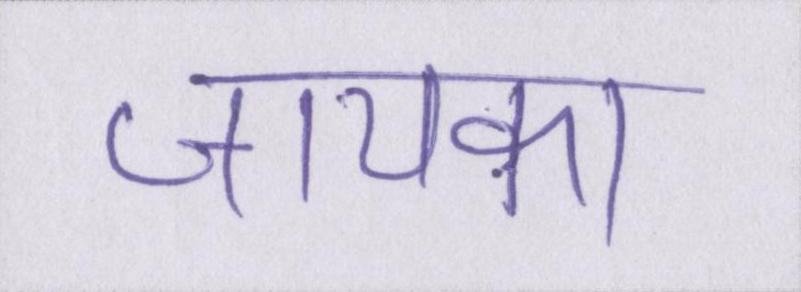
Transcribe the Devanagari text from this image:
जायका